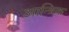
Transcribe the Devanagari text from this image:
आन्त्रिक